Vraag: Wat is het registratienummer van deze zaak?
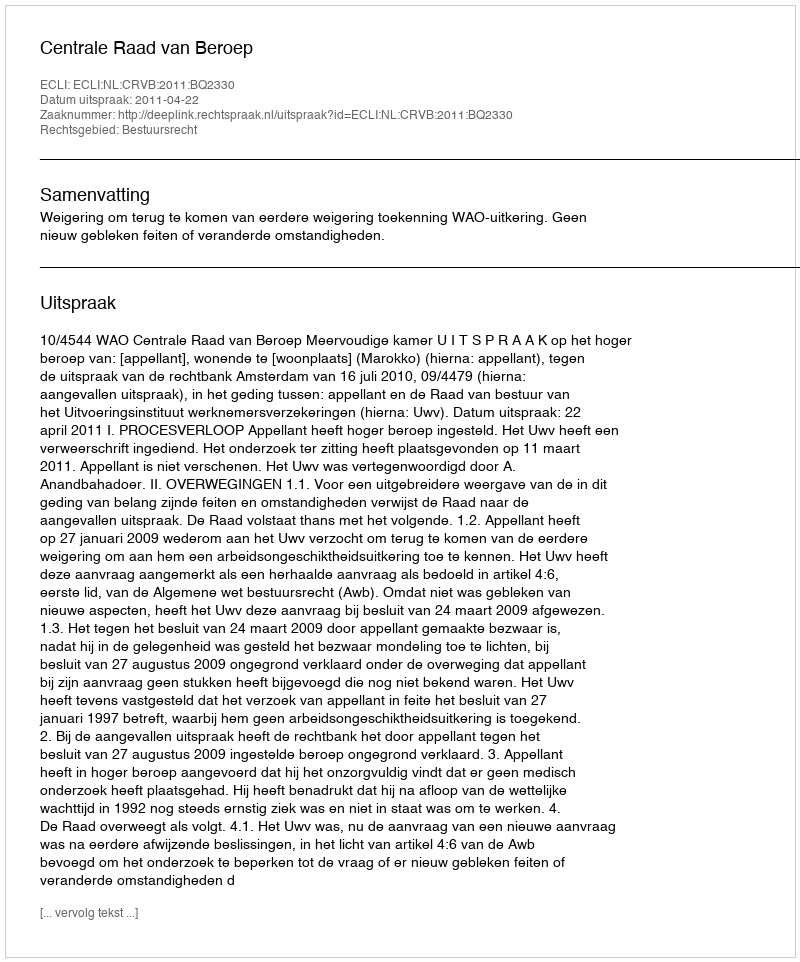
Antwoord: http://deeplink.rechtspraak.nl/uitspraak?id=ECLI:NL:CRVB:2011:BQ2330